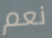
نعم